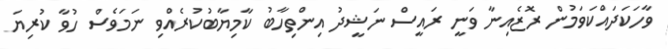
ވާހަކަދައްކަވަމުން ރޮޒެއިނާ ވަނީ ރައީސް ނަޝީދު އިންތިހާބު ކާމިޔާބުކުރެއްވި ނަމަވެސް ހުވާ ކުރިޔަ